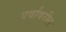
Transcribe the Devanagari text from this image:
पर्वावरील